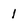
Character: 1